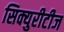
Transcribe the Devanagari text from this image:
सिक्युरीटीज